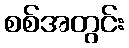
စစ်အတွင်း